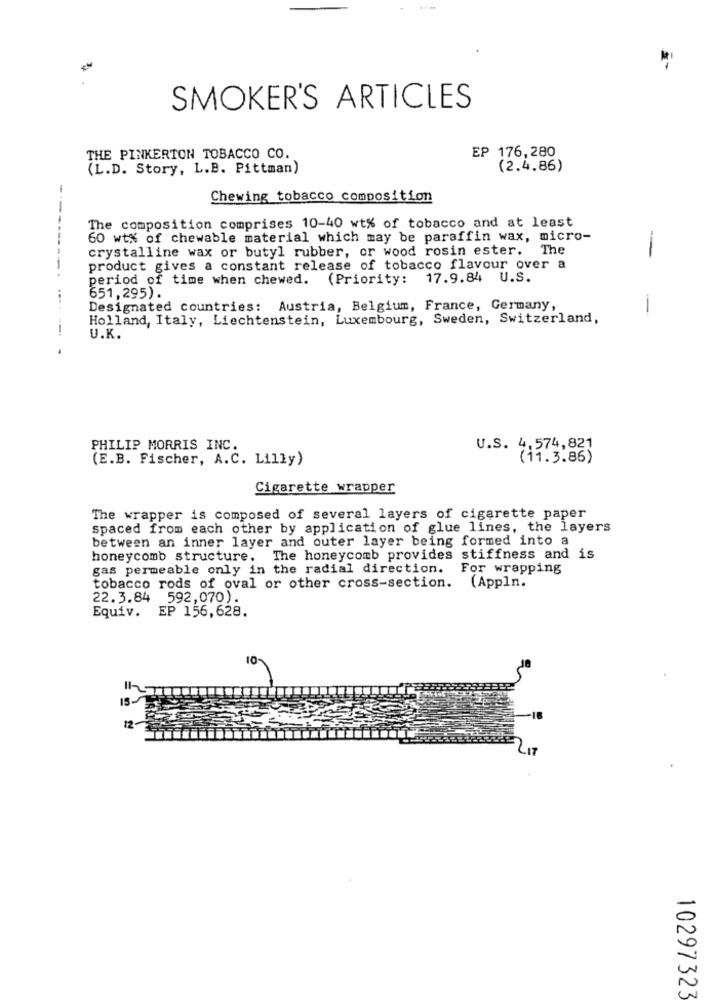
SMOKER'S ARTICLES
EP 176,280
THE PINKERTON TOBACCO CO.
(L.D. Story, L.B. Pittman)
(2.4.86)
-
Chewing tobacco composition
-
The composition comprises 10-40 wt% of tobacco and at least
60 wt% of chewable material which may be paraffin wax, micro-
crystalline wax or butyl rubber, or wood rosin ester. The
--
------
product gives a constant release of tobacco flavour over a
period of time when chewed. (Priority:
17.9.84 U.S.
651,295).
....
Designated countries: Austria, Belgium, France, Germany,
Holland, Italy, Liechtenstein, Luxembourg, Sweden, Switzerland,
--
U.K.
PHILIP MORRIS INC.
U.S. 4,574,821
(E.B. Fischer, A.C. Lilly)
(11.3.86)
Cigarette wrapper
The wrapper is composed of several layers of cigarette paper
spaced from each other by application of glue lines, the layers
between an inner layer and outer layer being formed into a
honeycomb structure. The honeycomb provides stiffness and is
gas permeable only in the radial direction. For wrapping
tobacco rods of oval or other cross-section. (Appln.
22.3.84 592,070).
Equiv.
EP 156,628.
1-
IS -
12.
10297323